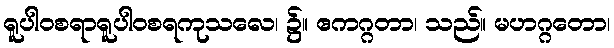
ရူပါဝစရာရူပါဝစရကုသလေ၊ ၌။ ဧကဂ္ဂတာ၊ သည်။ မဟဂ္ဂတော၊